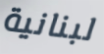
لبنانية